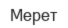
Мерет